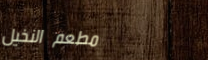
مطعم النخيل